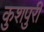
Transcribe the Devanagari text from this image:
कुशपुरी